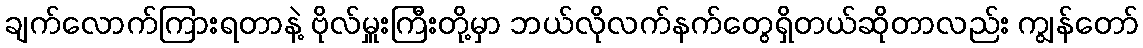
ချက်လောက်ကြားရတာနဲ့ ဗိုလ်မှူးကြီးတို့မှာ ဘယ်လိုလက်နက်တွေရှိတယ်ဆိုတာလည်း ကျွန်တော်